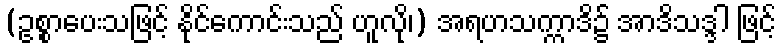
(ဥစ္စာပေးသဖြင့် နိုင်ကောင်းသည် ဟူလို၊) အရဟသက္ကာဒိ၌ အာဒိသဒ္ဒါ ဖြင့်